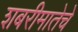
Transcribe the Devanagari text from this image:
शबरीमातेचे